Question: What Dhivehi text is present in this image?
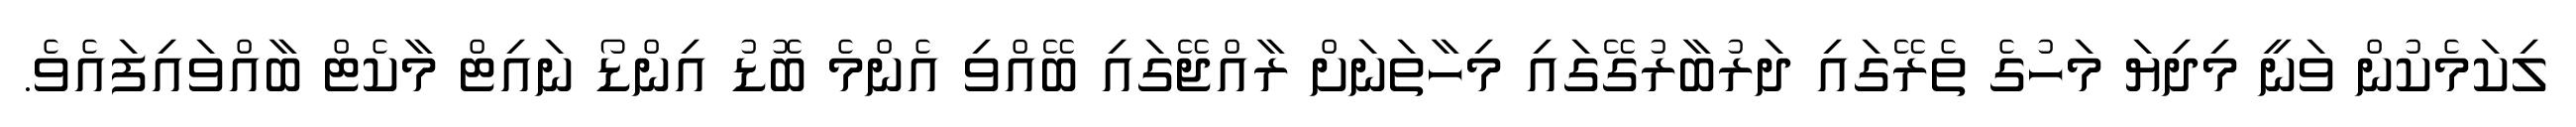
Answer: ލިކަމެކުން ވަނީ މިދިޔަ މަހުގެ ތެރޭގައި ދަރުބާރުގޭގައި މިހާތަނަށް ރާއްޖޭގައި ބޭއްވި އެންމެ ބޮޑު އިންޑޯ ނައިޓް މާކެޓް ބާއްވައިފައެވެ.